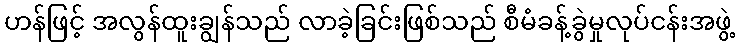
ဟန်ဖြင့် အလွန်ထူးချွန်သည် လာခဲ့ခြင်းဖြစ်သည် စီမံခန့်ခွဲမှုလုပ်ငန်းအဖွဲ့